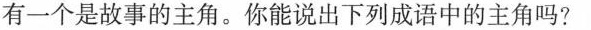
有一个是故事的主角。你能说出下列成语中的主角吗?